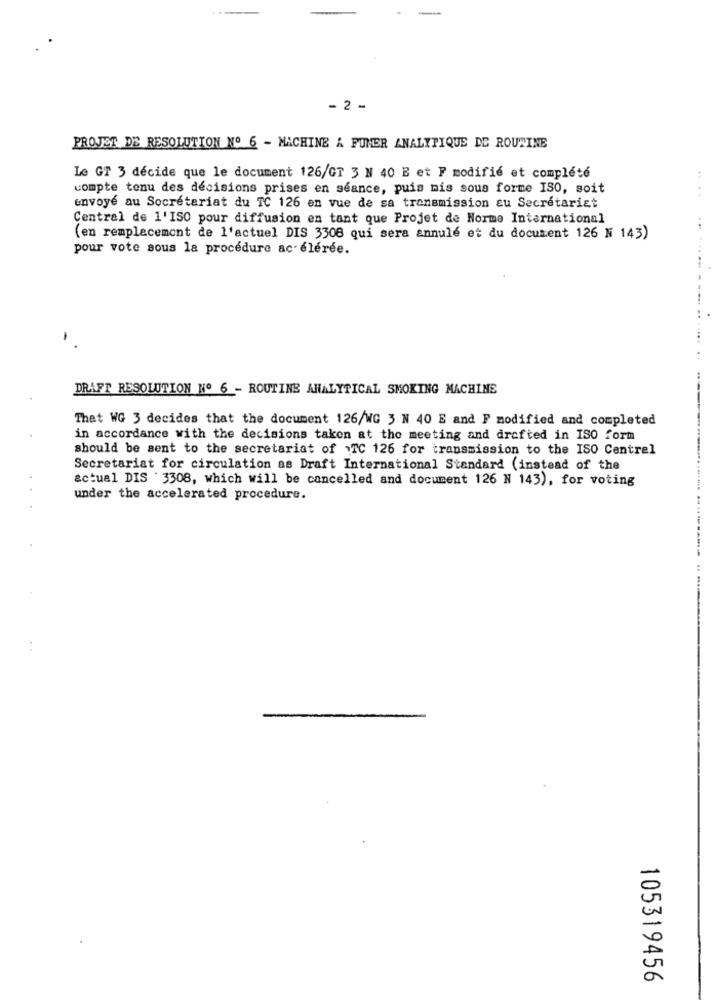
- 2 -
PROJET DE RESOLUTION Nº 6 - MACHINE A FUMER ANALYTIQUE DE ROUTINE
Le GT 3 décide que le document 126/GT 3 N 40 E et F modifié et complété
compte tenu des décisions prises en séance, puis mis sous forme ISO, soit
envoyé au Socretariat du TC 126 en vue de sa transmission au Secrétariat
Central de 1'ISO pour diffusion en tant que Projet de Norme International
(en remplacement de l'actuel DIS 3308 qui sera annulé et du document 126 N 143)
pour vote sous la procedure acélérée.
DRAFT RESOLUTION Nº 6 - ROUTINE ANALYTICAL SMOKING MACHINE
Thet WG 3 decides that the document 126/WG 3 N 40 E and F modified and completed
in accordance with the decisions taken at the meeting and drafted in ISO form
should be sent to the secretariat of .TC 126 for transmission to the ISO Central
Secretariat for circulation as Draft International Standard (instead of the
actual DIS 3308, which will be cancelled and document 126 N 143), for voting
under the accelerated procedure.
105319456